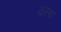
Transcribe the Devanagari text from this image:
मुस्बा